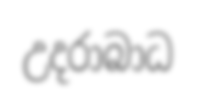
උදරාබාධ